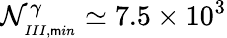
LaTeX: \mathcal{N}_{_{III,\mathsf{m}in}}^{\gamma}\simeq7.5\times10^{3}